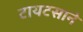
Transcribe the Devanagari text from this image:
टायटसाने